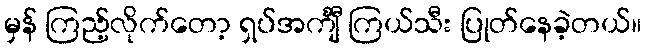
မှန် ကြည့်လိုက်တော့ ရှပ်အင်္ကျီ ကြယ်သီး ပြုတ်နေခဲ့တယ်။